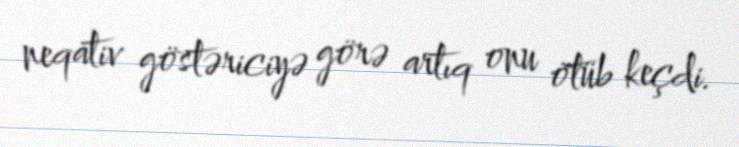
neqativ göstəriciyə görə artıq onu ötüb keçdi.